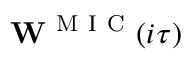
\mathbf { W } ^ { \mathrm { ~ M ~ I ~ C ~ } } ( i \tau )